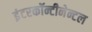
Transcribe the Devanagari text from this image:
इंटरकॉन्टीनेन्टल